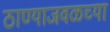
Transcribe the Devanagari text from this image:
ठाण्याजवळच्या